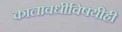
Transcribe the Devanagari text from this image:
कालावधीविषयीही